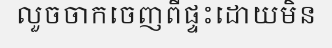
លួចចាកចេញពីផ្ទះដោយមិន